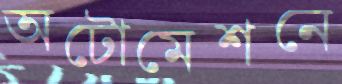
অটোমেশনে